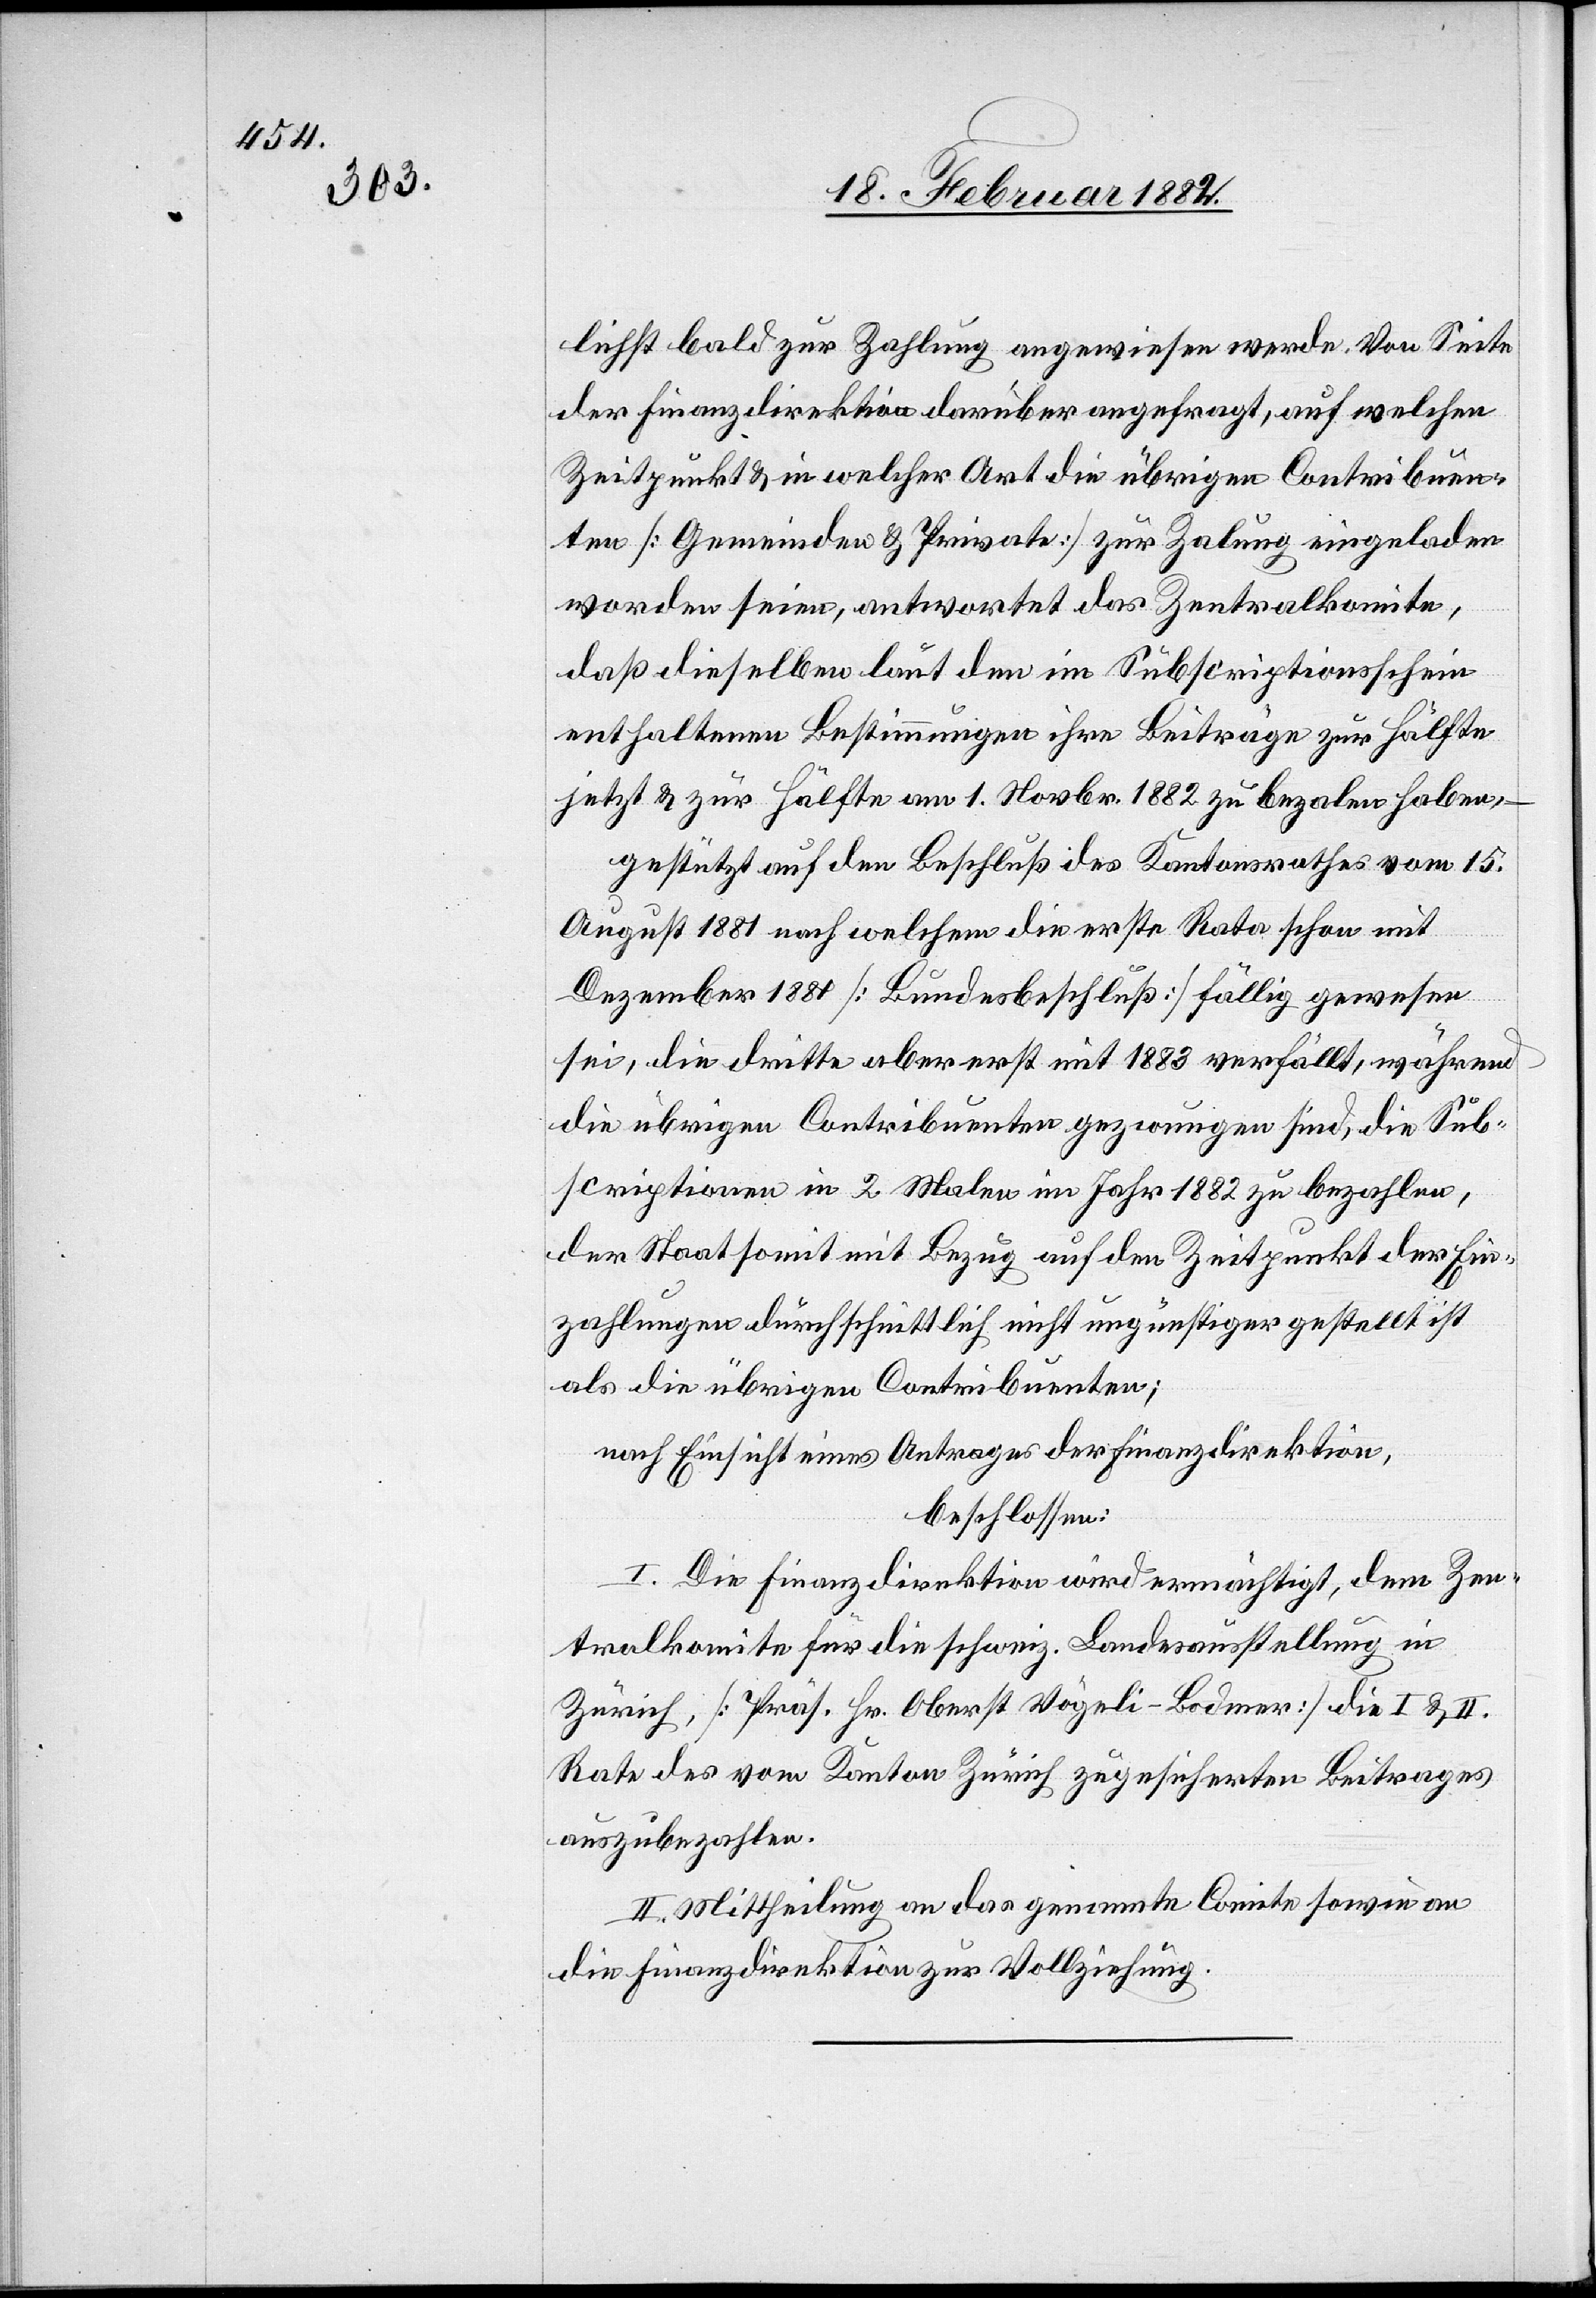
lichst bald zur Zahlung angewiesen werde. Von Seite
der Finanzdirektion darüber angefragt, auf welchen
Zeitpunkt & in welcher Art die übrigen Contribuen¬
ten [Gemeinden & Private] zur Zahlung eingeladen
worden seien, antwortet das Zentralkomite,
daß dieselben laut den im Subventionsschein
enthaltenen Bestimmungen ihre Beiträge zur Hälfte
jetzt & zur Hälfte am 1. Novbr. 1882 zu bezalen haben,
gestützt auf den Beschluß des Kantonsrathes vom 15.
August 1881 nach welchem die erste Rate schon mit
Dezember 1881 [Bundesbeschluß] fällig gewesen
sei, die dritte aber erst mit 1883 verfällt, während
die übrigen Contribuenten gezwungen sind, die Sub¬
scriptionen in 2 Malen im Jahr 1882 zu bezahlen,
der Staat somit mit Bezug auf den Zeitpunkt der Ein¬
zahlung durchschnittlich nicht ungünstiger gestellt ist
als die übrigen Contribuenten;
nach Einsicht eines Antrages der Finanzdirektion,
beschlossen:
I. Die Finanzdirektion wird ermächtigt, dem Zen¬
tralkomite für die schweiz. Landesausstellung in
Zürich [Präs. Hr. Oberst Vögeli - Bodmer] die I. & II.
Rate des vom Kanton Zürich zugesicherten Beitrages
auszubezahlen.
II. Mittheilung an das genannte Comite sowie an
die Finanzdirektion zur Vollziehung.